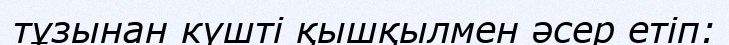
тұзынан күшті қышқылмен әсер етіп: